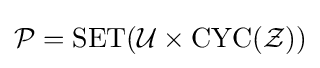
{\mathcal {P}}=\operatorname {SET} ({\mathcal {U}}\times \operatorname {CYC} ({\mathcal {Z}}))